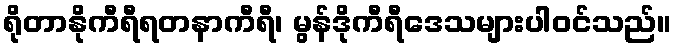
ရိုတာနိုကီရီရတနာကီရီ၊ မွန်ဒိုကီရီဒေသများပါဝင်သည်။